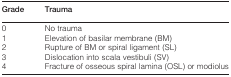
| Grade | Trauma |
 | --- | --- |
 | 0 | No trauma |
 | 1 | Elevation of basilar membrane (BM) |
 | 2 | Rupture of BM or spiral ligament (SL) |
 | 3 | Dislocation into scala vestibuli (SV) |
 | 4 | Fracture of osseous spiral lamina (OSL) or modiolus |